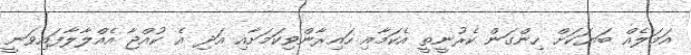
އަމަލެއް ބަޔަކަށް ހިންގަން ކެރުނީތީ އެކަމާއި ހައިރާންވިކަމަށާއި އަދި އެ ކުއްޖާ އެއްލާލާފައިވަނީ